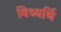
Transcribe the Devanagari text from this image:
विध्यर्थि